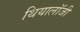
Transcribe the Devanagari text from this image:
थियालॉजी